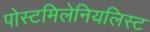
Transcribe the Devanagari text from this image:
पोस्टमिलेनियलिस्ट